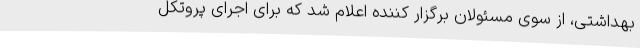
بهداشتی، از سوی مسئولان برگزار کننده اعلام شد که برای اجرای پروتکل